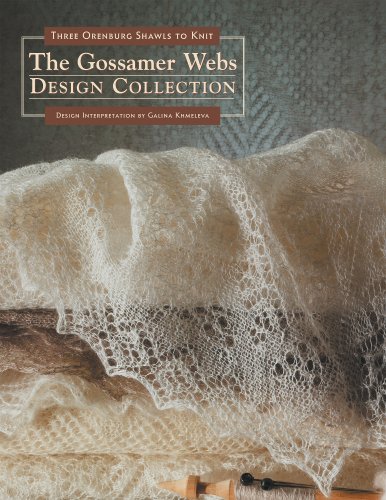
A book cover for The Gossamer Webs Design Collection: Three Orenburg Shawls to Knit; Crafts, Hobbies & Home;